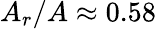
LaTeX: A_{r}/A\approx 0.58